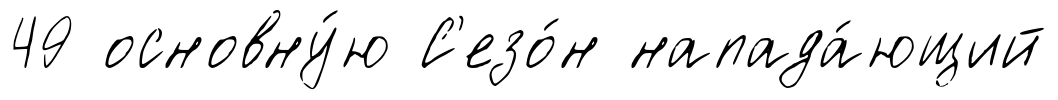
49 основну́ю С'езо́н напада́ющий